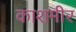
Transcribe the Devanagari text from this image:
काशमीर